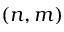
( n , m )